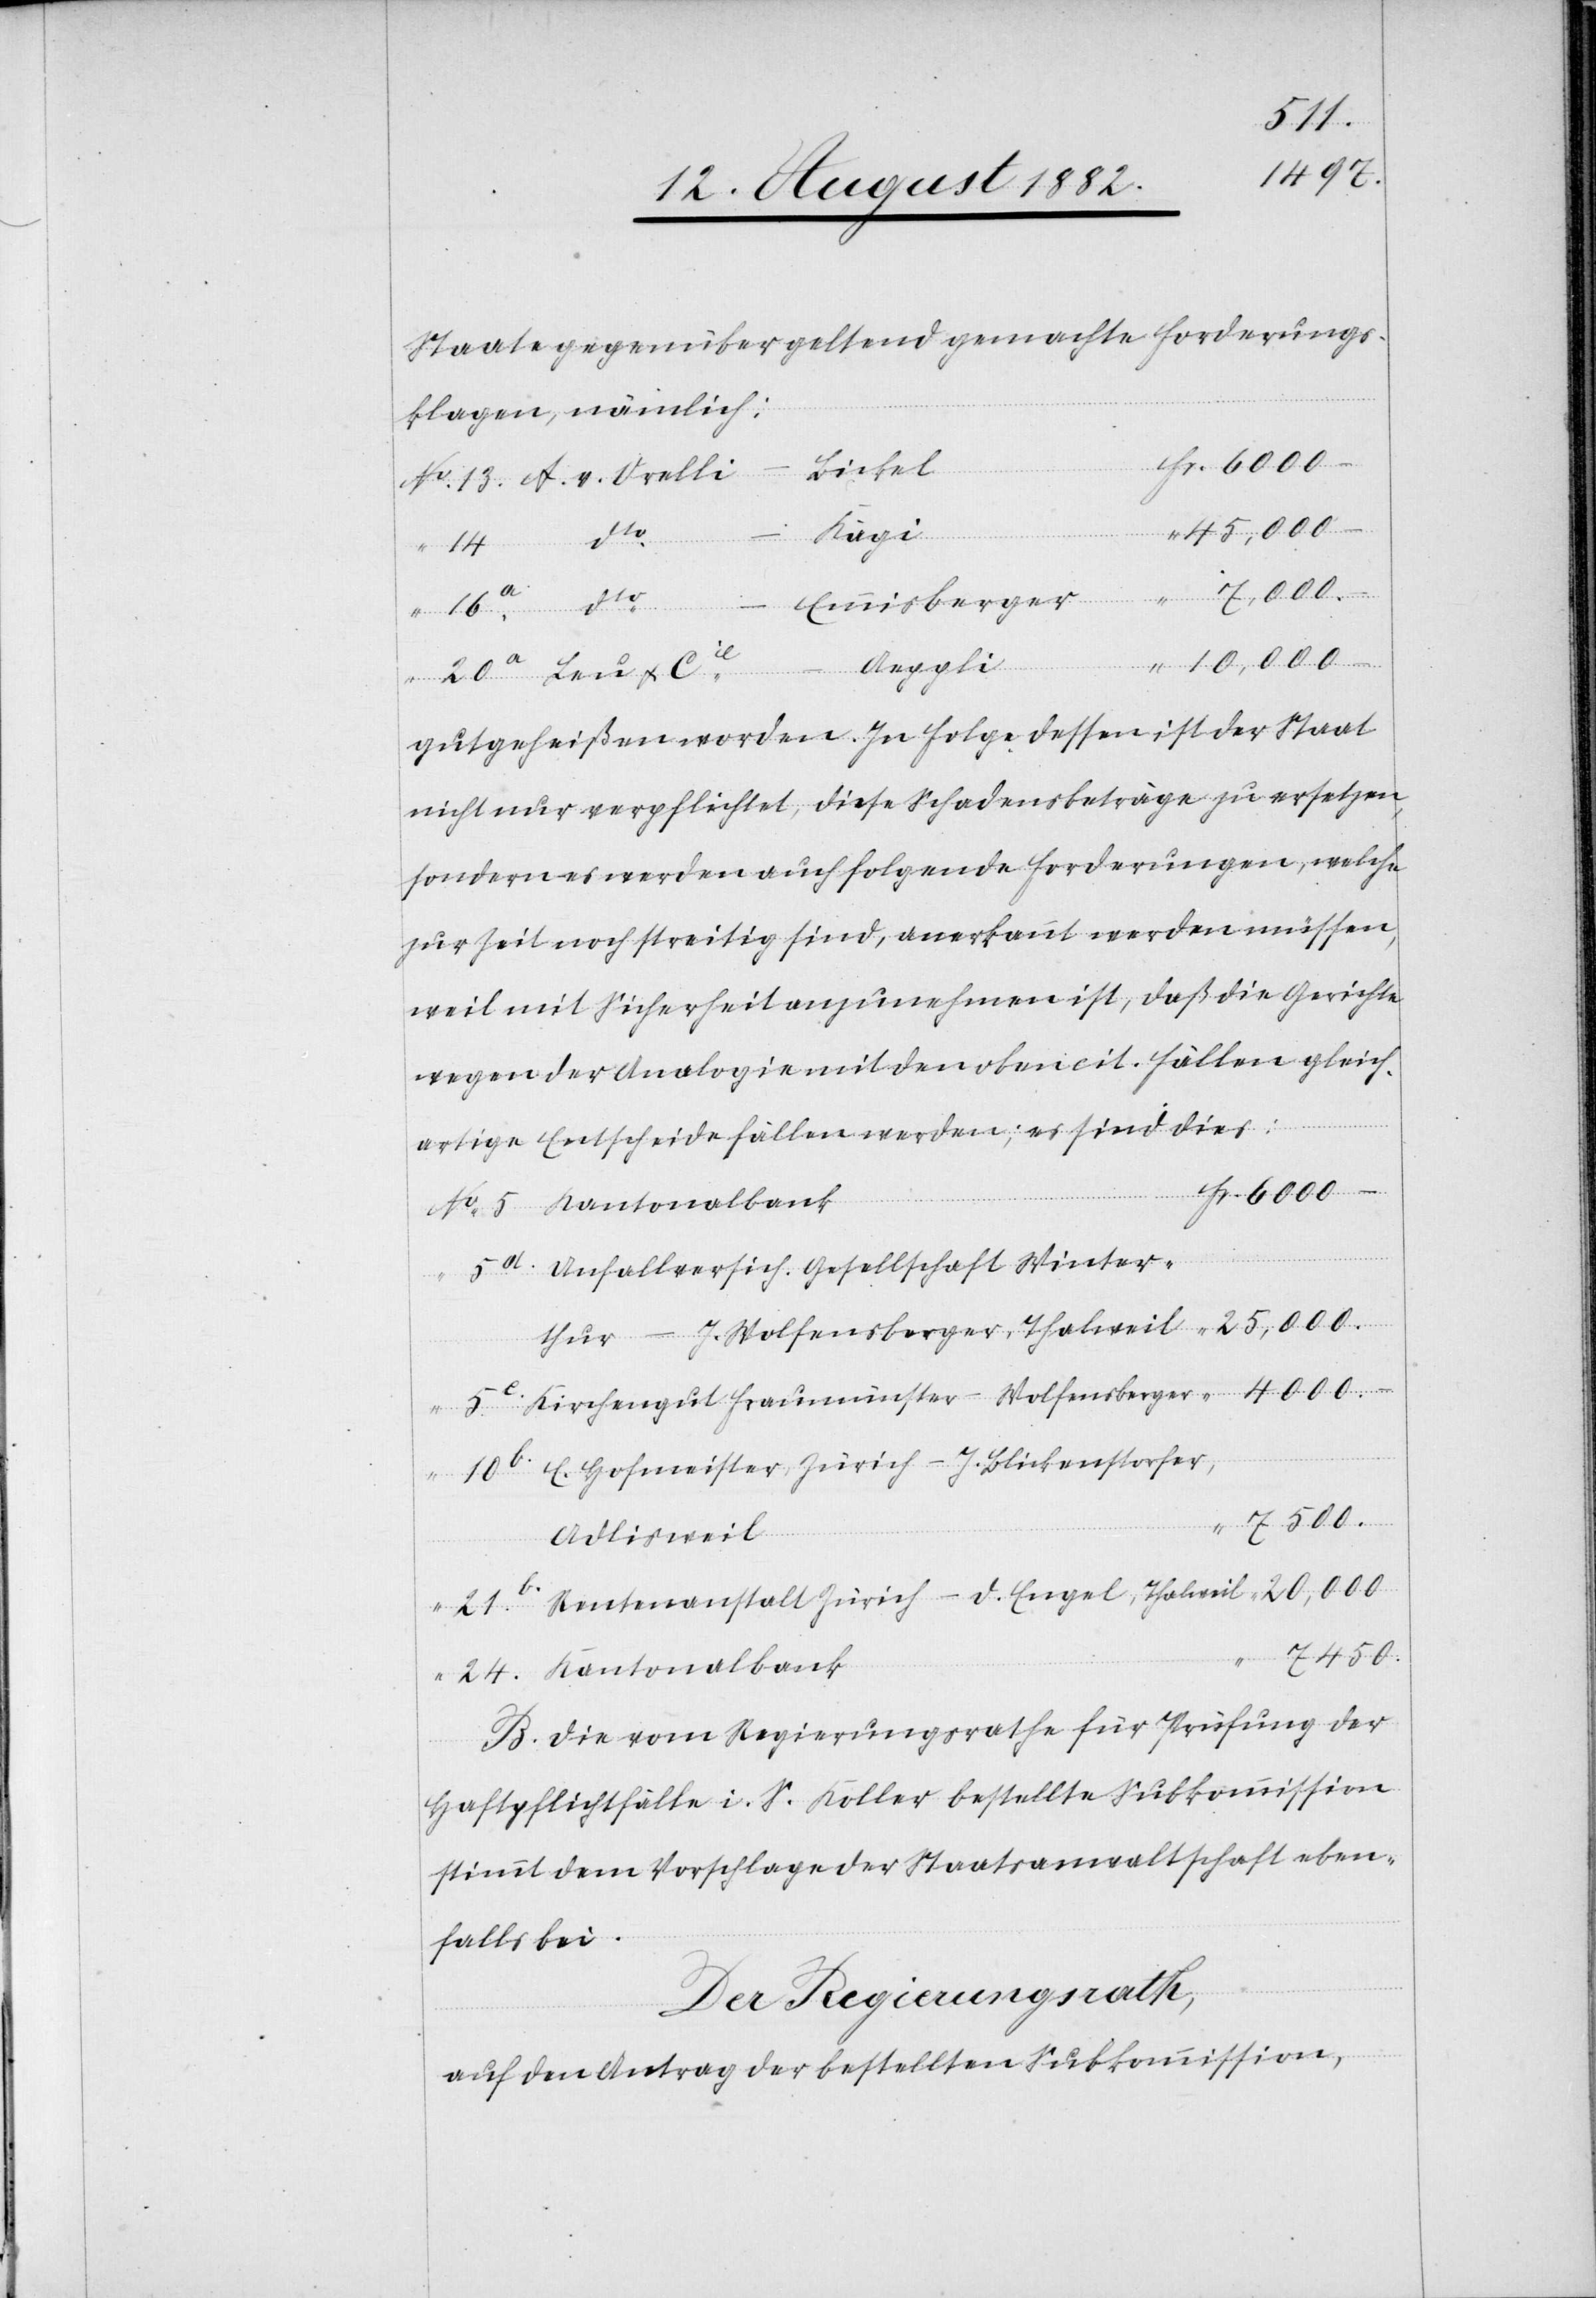
Staate gegenüber geltend gemachte Forderungs¬
klagen, nämlich:
24
Bickel
25,000–
D.
nalbank
Cie
Aeppli
gutgeheißen worden. In Folge dessen ist der Staat
nicht nur verpflichtet, diese Schadensbeträge zu ersetzen,
sondern es werden auch folgende Forderungen, welche
zur Zeit noch streitig sind, anerkannt werden müssen,
weil mit Sicherheit anzunehmen ist, daß die Gerichte
wegen der Analogie mit den oben cit. Fällen gleich¬
artige Entscheide fällen werden; es sind dies:
Unfallversich. Gesellschaft Winter¬
weil
Wolfensberger, Thalweil
thur – J.
E. Hofmeister, Zürich – J. Blickenstorfer,
7,500–
Adlisweil
7450–
B. Die vom Regierungsrathe für Prüfung der
Haftpflichtfälle i. S. Koller bestellte Subkommission
stimmt dem Vorschlage der Staatsanwaltschaft eben¬
falls bei.
Der Regierungsrath,
auf den Antrag der bestellten Subkommission,